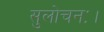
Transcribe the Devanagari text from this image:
सुलोचनः।